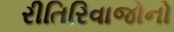
રીતિરિવાજોનો